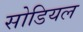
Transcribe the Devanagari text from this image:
सोडियल